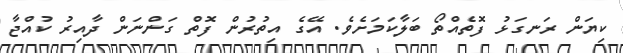
ކިޔަން ރަނގަޅު ފޮތެއްތޯ ބަލާކަމަށެވެ. އޭގެ އިތުރުން ފޮތް ގަންނަން ދާއިރު ކުއްޖާ